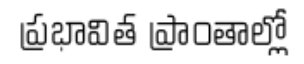
ప్రభావిత ప్రాంతాల్లో